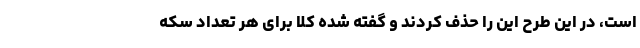
است، در این طرح این را حذف کردند و گفته شده کلا برای هر تعداد سکه